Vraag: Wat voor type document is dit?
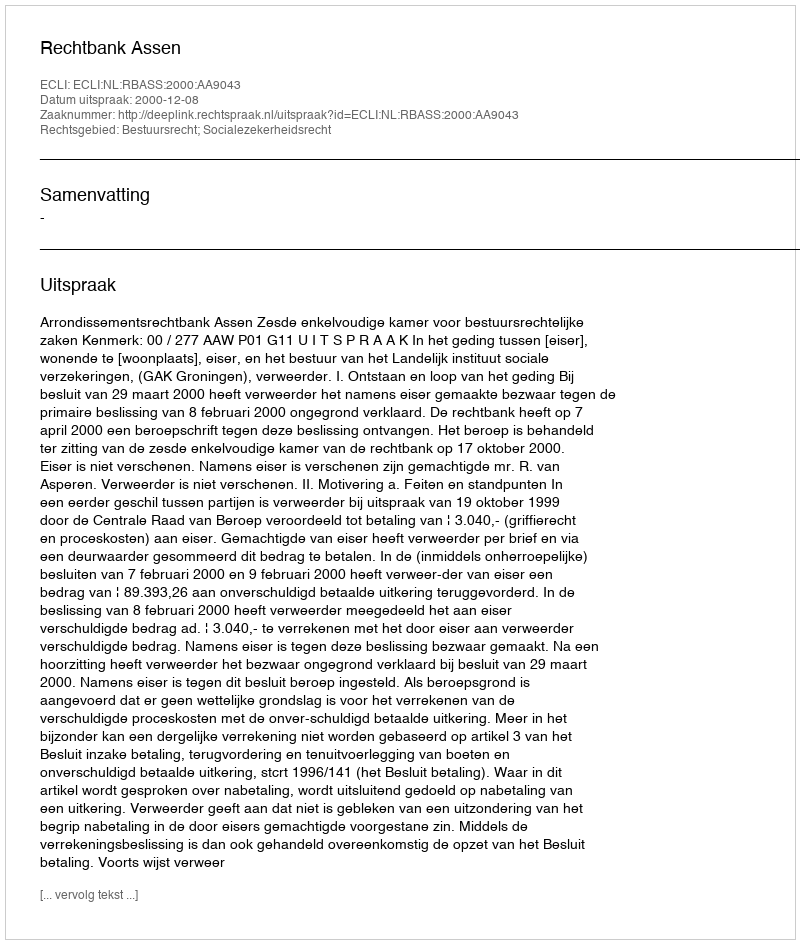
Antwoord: Uitspraak